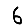
Digit: 6